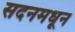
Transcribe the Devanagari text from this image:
सदनमधून